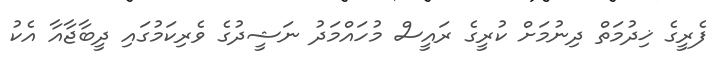
ފެރީގެ ޚިދުމަތް ދިނުމަށް ކުރީގެ ރައީސް މުހައްމަދު ނަޝީދުގެ ވެރިކަމުގައި ދީބާޖާއާ އެކު